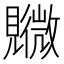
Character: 覹